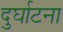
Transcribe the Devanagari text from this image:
दुर्घाटना